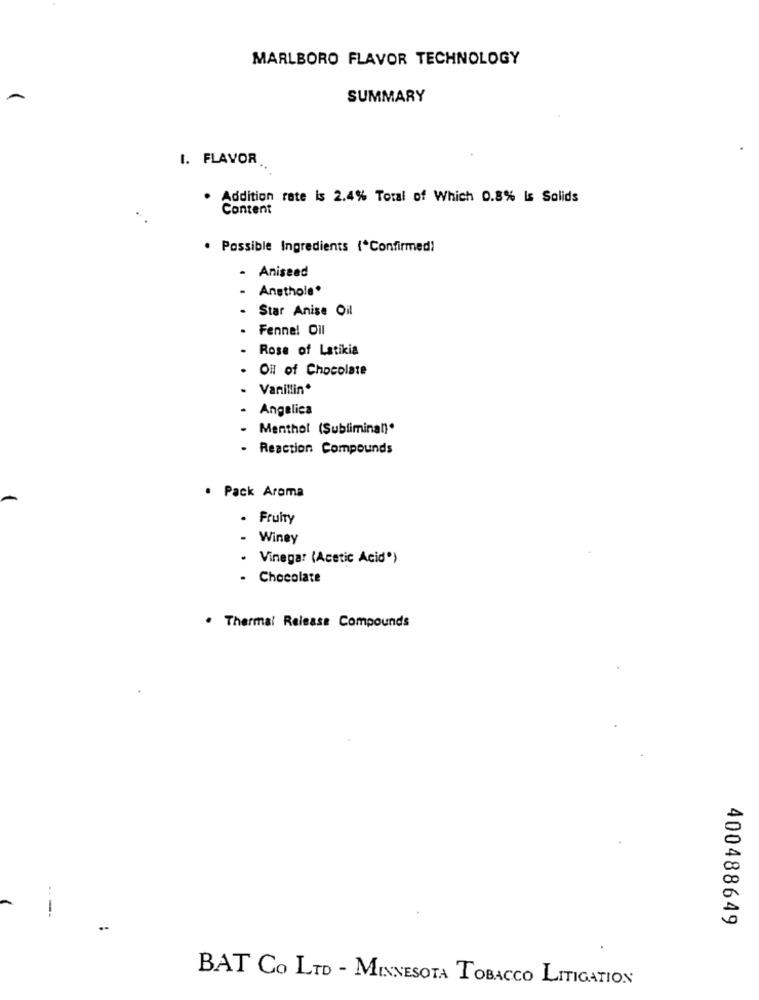
MARLBORO FLAVOR TECHNOLOGY
SUMMARY
1. FLAVOR
Addition rate is 2.4% Total of Which 0.8% Is Solids
Content
. Possible Ingredients (*Confirmed)
- Aniseed
Ansthole"
Star Anise Oil
Fenne! Oil
Rose of Latikia
OH of Chocolate
Vanillin*
Angelica
Menthol (Subliminal).
Reaction Compounds
. Pack Aroma
. Fruity
Winey
Vinegar (Acetic Acid*)
- Chocolate
. Thermal Release Compounds
--
400488649
BAT CO LTD - MINNESOTA TOBACCO LITIGATION